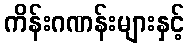
ကိန်းဂဏန်းများနှင့်